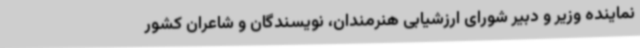
نماینده وزیر و دبیر شورای ارزشیابی هنرمندان، نویسندگان و شاعران کشور